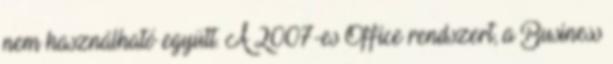
nem használható együtt. A 2007-es Office rendszert, a Business